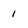
Character: 1